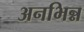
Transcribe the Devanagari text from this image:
अनभिन्न